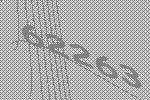
62263